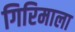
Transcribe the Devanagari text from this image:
गिरिमाला